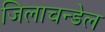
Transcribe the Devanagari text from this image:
जिलाचन्डेल